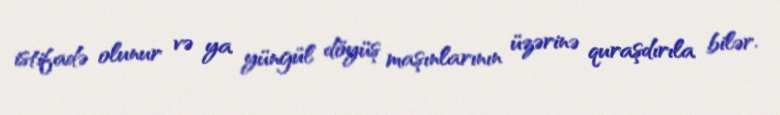
istifadə olunur və ya yüngül döyüş maşınlarının üzərinə quraşdırıla bilər.